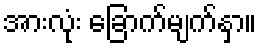
အားလုံး ခြောက်မျက်နှာ။